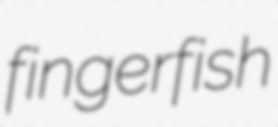
fingerfish